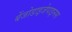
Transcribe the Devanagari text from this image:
बेंजोडाइजेपाइनस